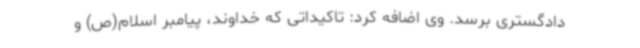
دادگستری برسد. وی اضافه کرد: تاکیداتی که خداوند، پیامبر اسلام(ص) و